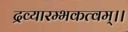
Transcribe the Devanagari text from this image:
द्रव्यारम्भकत्वम्।।